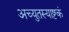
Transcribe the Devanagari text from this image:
अच्युतस्याष्टकं